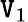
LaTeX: \mathtt{V}_{1}